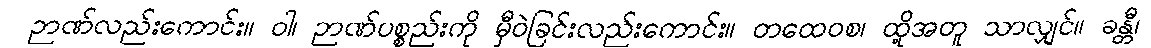
ဉာဏ်လည်းကောင်း။ ဝါ၊ ဉာဏ်ပစ္စည်းကို မှီဝဲခြင်းလည်းကောင်း။ တထေဝစ၊ ထို့အတူ သာလျှင်။ ခန္တီ၊